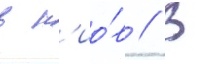
в к'ио́в // В